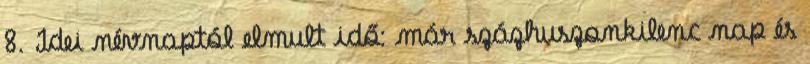
8. Idei névnaptól elmult idő: már százhuszonkilenc nap és